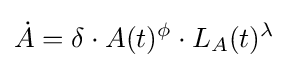
{\dot {A}}=\delta \cdot A(t)^{\phi }\cdot L_{A}(t)^{\lambda }